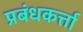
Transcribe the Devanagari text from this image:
प्रबंधकर्त्ता